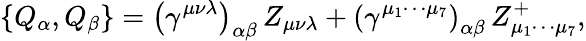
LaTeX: \left\{ Q_{\alpha},Q_{\beta}\right\} =\left(\gamma^{\mu\nu\lambda}\right)_{\alpha\beta}\, Z_{\mu\nu\lambda}+\left(\gamma^{\mu_{1}\cdots\mu_{7}}\right)_{\alpha\beta}\, Z_{\mu_{1}\cdots\mu_{7}}^{+},